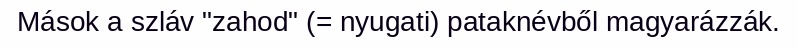
Mások a szláv "zahod" (= nyugati) pataknévből magyarázzák.